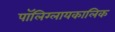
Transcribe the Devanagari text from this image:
पॉलिग्लायकालिक